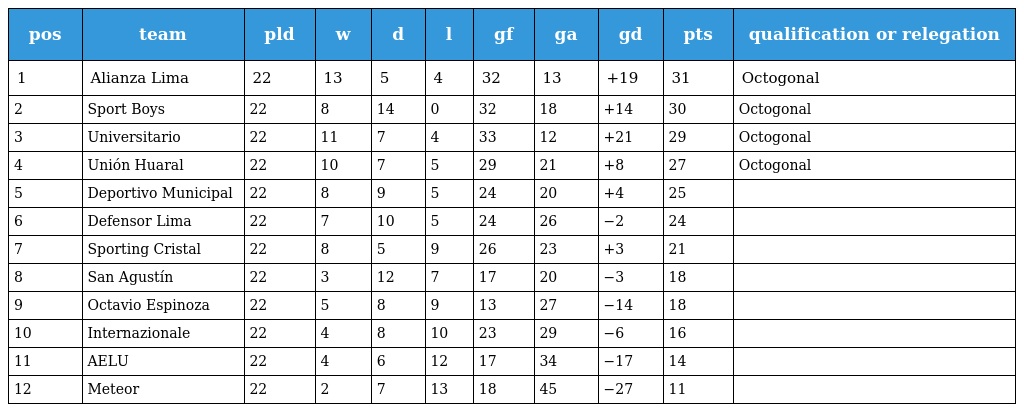
| pos | team | pld | w | d | l | gf | ga | gd | pts | qualification or relegation |
 | --- | --- | --- | --- | --- | --- | --- | --- | --- | --- | --- |
 | 1 | Alianza Lima | 22 | 13 | 5 | 4 | 32 | 13 | +19 | 31 | Octogonal |
 | 2 | Sport Boys | 22 | 8 | 14 | 0 | 32 | 18 | +14 | 30 | Octogonal |
 | 3 | Universitario | 22 | 11 | 7 | 4 | 33 | 12 | +21 | 29 | Octogonal |
 | 4 | Unión Huaral | 22 | 10 | 7 | 5 | 29 | 21 | +8 | 27 | Octogonal |
 | 5 | Deportivo Municipal | 22 | 8 | 9 | 5 | 24 | 20 | +4 | 25 |  |
 | 6 | Defensor Lima | 22 | 7 | 10 | 5 | 24 | 26 | −2 | 24 |  |
 | 7 | Sporting Cristal | 22 | 8 | 5 | 9 | 26 | 23 | +3 | 21 |  |
 | 8 | San Agustín | 22 | 3 | 12 | 7 | 17 | 20 | −3 | 18 |  |
 | 9 | Octavio Espinoza | 22 | 5 | 8 | 9 | 13 | 27 | −14 | 18 |  |
 | 10 | Internazionale | 22 | 4 | 8 | 10 | 23 | 29 | −6 | 16 |  |
 | 11 | AELU | 22 | 4 | 6 | 12 | 17 | 34 | −17 | 14 |  |
 | 12 | Meteor | 22 | 2 | 7 | 13 | 18 | 45 | −27 | 11 |  |